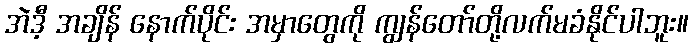
အဲဒီ့ အချိန် နောက်ပိုင်း အမှာတွေကို ကျွန်တော်တို့လက်မခံနိုင်ပါဘူး။